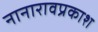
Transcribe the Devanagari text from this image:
नानारावप्रकाश